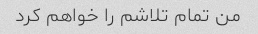
من تمام تلاشم را خواهم کرد